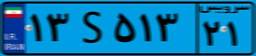
۱۰S۷۴۲۷۶